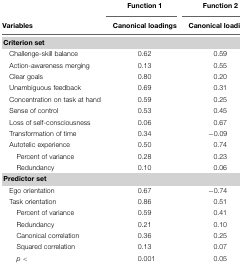
|  | Function 1 | Function 2 |
 | Variables | Canonical loadings | Canonical loadings |
 | --- | --- | --- |
 | <COLSPAN=3> Criterion set |
 | Challenge-skill balance | 0.62 | 0.59 |
 | Action-awareness merging | 0.13 | 0.55 |
 | Clear goals | 0.80 | 0.20 |
 | Unambiguous feedback | 0.69 | 0.31 |
 | Concentration on task at hand | 0.59 | 0.25 |
 | Sense of control | 0.53 | 0.45 |
 | Loss of self-consciousness | 0.06 | 0.67 |
 | Transformation of time | 0.34 | -0.09 |
 | Autotelic experience | 0.50 | 0.74 |
 | Percent of variance | 0.28 | 0.23 |
 | Redundancy | 0.10 | 0.06 |
 | <COLSPAN=3> Predictor set |
 | Ego orientation | 0.67 | -0.74 |
 | Task orientation | 0.86 | 0.51 |
 | Percent of variance | 0.59 | 0.41 |
 | Redundancy | 0.21 | 0.10 |
 | Canonical correlation | 0.36 | 0.25 |
 | Squared correlation | 0.13 | 0.07 |
 | p < | 0.001 | 0.05 |